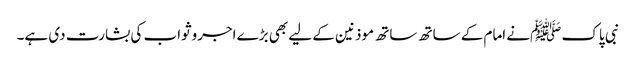
نبی پاک ﷺنے امام کے ساتھ ساتھ موذنین کے لیے بھی بڑے اجروثواب کی بشارت دی ہے۔